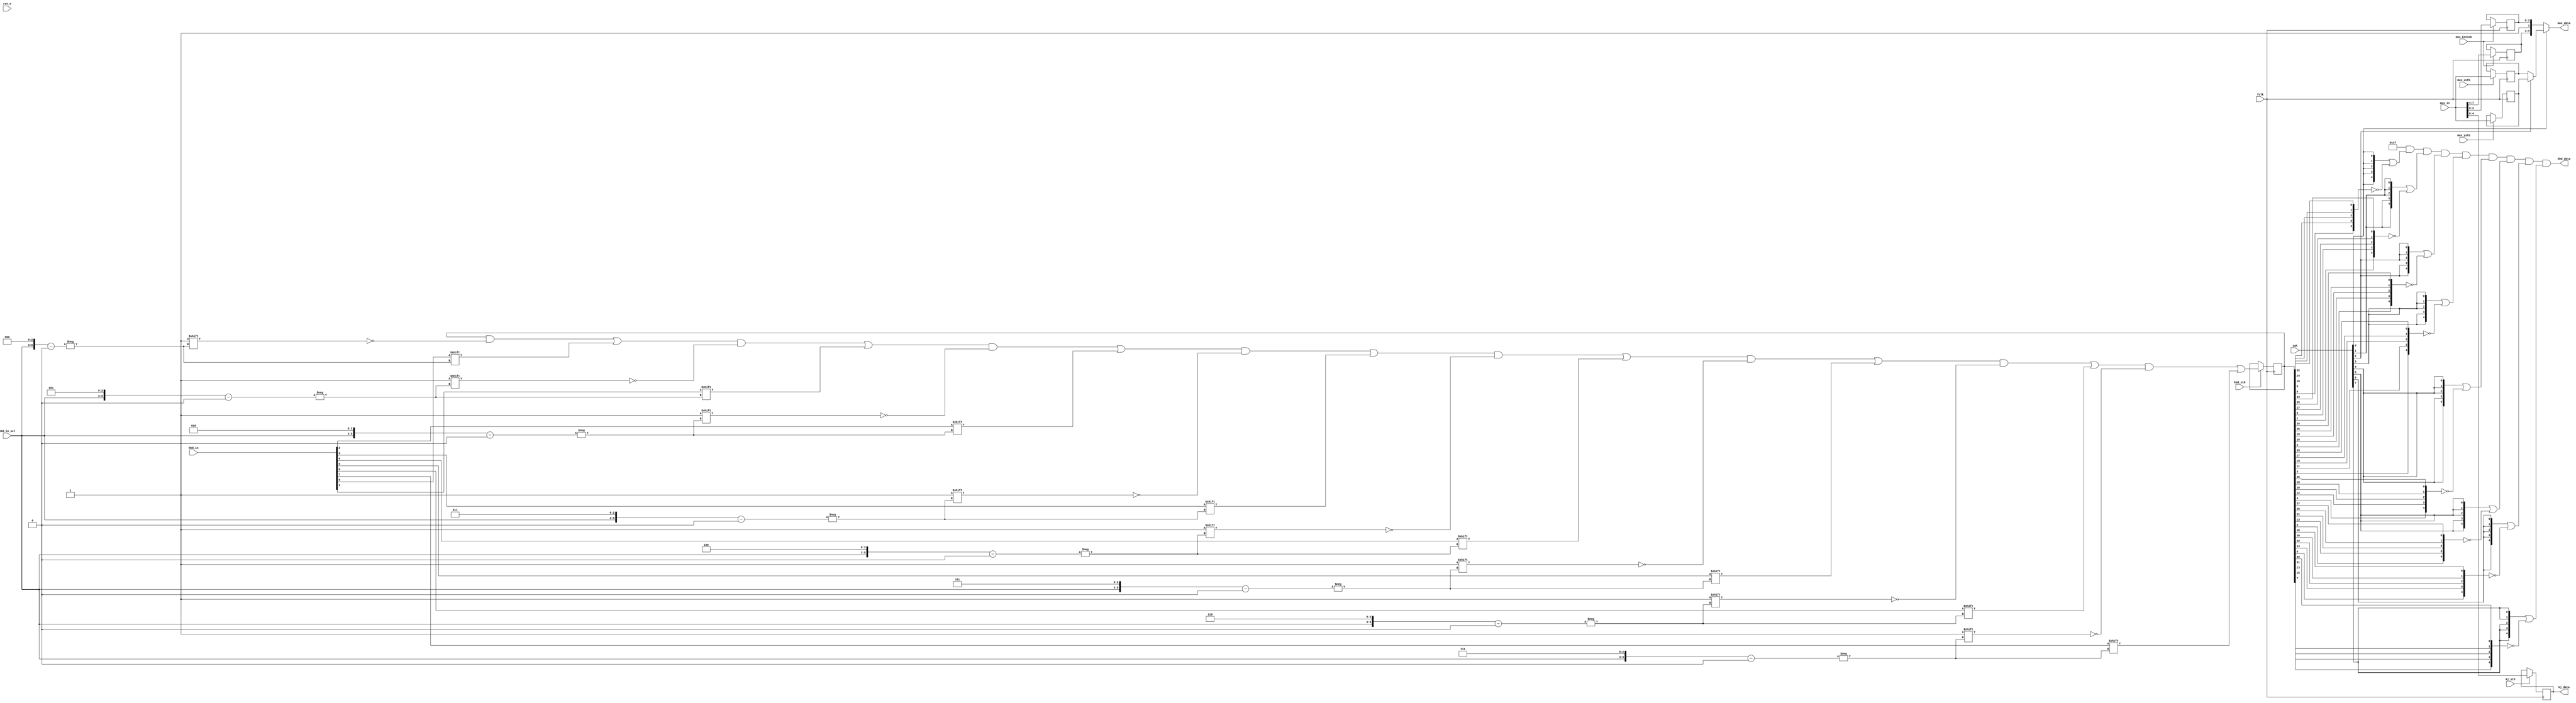
module zkbdmus
(
  input  wire        fclk,
  input  wire        rst_n,

  input  wire [7:0] kbd_in,  // key bits
  input  wire [2:0] kbd_in_sel,  // key byte selector
  input  wire       kbd_stb, // and strobe

  input  wire [7:0] mus_in,
  input  wire       mus_xstb,
  input  wire       mus_ystb,
  input  wire       mus_btnstb,
  input  wire       kj_stb,

  input  wire [7:0] zah,

  output wire [4:0] kbd_data,
  output wire [7:0] mus_data,
`ifdef KEMPSTON_8BIT
  output reg  [7:0] kj_data
`else
  output reg  [4:0] kj_data
`endif
);

  reg [39:0] kbd;
  reg [7:0] musx, musy;
  reg [2:0] musbtn;
  reg [3:0] muswhl;

  wire [4:0] keys [0:7]; // key matrix

  reg [4:0] kout; // wire AND


  // store data from slavespi
  always @(posedge fclk)
  begin
    if (kbd_stb)
    begin
      kbd[{kbd_in_sel, 3'h0}] <= kbd_in[0];
      kbd[{kbd_in_sel, 3'h1}] <= kbd_in[1];
      kbd[{kbd_in_sel, 3'h2}] <= kbd_in[2];
      kbd[{kbd_in_sel, 3'h3}] <= kbd_in[3];
      kbd[{kbd_in_sel, 3'h4}] <= kbd_in[4];
      kbd[{kbd_in_sel, 3'h5}] <= kbd_in[5];
      kbd[{kbd_in_sel, 3'h6}] <= kbd_in[6];
      kbd[{kbd_in_sel, 3'h7}] <= kbd_in[7];
    end

    if (mus_xstb)
      musx <= mus_in;

    if (mus_ystb)
      musy <= mus_in;

    if (mus_btnstb)
    begin
      musbtn <= mus_in[2:0];
      muswhl <= mus_in[7:4];
    end

    if (kj_stb)
`ifdef KEMPSTON_8BIT
      kj_data <= mus_in;
`else
      kj_data <= mus_in[4:0];
`endif

  end

  // keys
  assign keys[0] = {kbd[00], kbd[08], kbd[16], kbd[24], kbd[32]};// v  c  x  z  CS
  assign keys[1] = {kbd[01], kbd[09], kbd[17], kbd[25], kbd[33]};// g  f  d  s  a
  assign keys[2] = {kbd[02], kbd[10], kbd[18], kbd[26], kbd[34]};// t  r  e  w  q
  assign keys[3] = {kbd[03], kbd[11], kbd[19], kbd[27], kbd[35]};// 5  4  3  2  1
  assign keys[4] = {kbd[04], kbd[12], kbd[20], kbd[28], kbd[36]};// 6  7  8  9  0
  assign keys[5] = {kbd[05], kbd[13], kbd[21], kbd[29], kbd[37]};// y  u  i  o  p
  assign keys[6] = {kbd[06], kbd[14], kbd[22], kbd[30], kbd[38]};// h  j  k  l  EN
  assign keys[7] = {kbd[07], kbd[15], kbd[23], kbd[31], kbd[39]};// b  n  m  SS SP

  always @*
  begin
    kout = 5'b11111;

    kout = kout & ({5{zah[0]}} | (~keys[0]));
    kout = kout & ({5{zah[1]}} | (~keys[1]));
    kout = kout & ({5{zah[2]}} | (~keys[2]));
    kout = kout & ({5{zah[3]}} | (~keys[3]));
    kout = kout & ({5{zah[4]}} | (~keys[4]));
    kout = kout & ({5{zah[5]}} | (~keys[5]));
    kout = kout & ({5{zah[6]}} | (~keys[6]));
    kout = kout & ({5{zah[7]}} | (~keys[7]));
  end

  assign kbd_data = kout;

  // mouse
  // FADF - buttons, FBDF - x, FFDF - y
  assign mus_data = zah[0] ? (zah[2] ? musy : musx) : {muswhl, 1'b1, musbtn};

endmodule